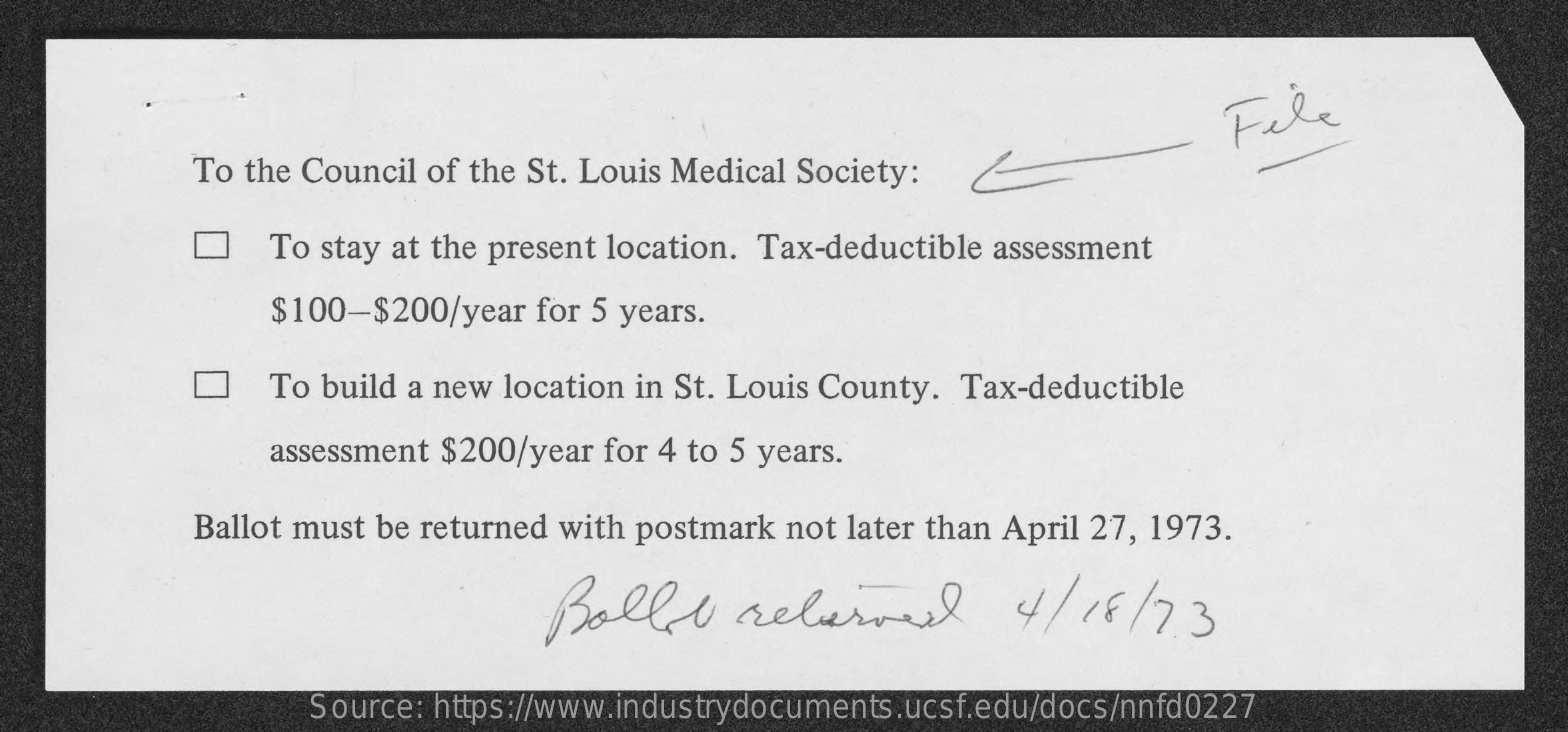
File
     To the Council of the St. Louis Medical Society:
     To stay at the present location. Tax-deductible assessment
     $100-$200/year   for 5 years.
     To build a new location in St. Louis County. Tax-deductible
     assessment $200/year for 4 to 5 years.
     Ballot must be returned with postmark not later than April 27, 1973.
     Bolle    releived    4/  18/73
     Source: https://www.industrydocuments.ucsf.edu/docs/nnfd0227